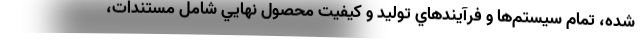
شده، تمام سيستم‌ها و فرآيندهاي توليد و كيفيت محصول نهايي شامل مستندات،